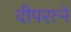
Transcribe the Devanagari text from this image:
दीपरत्ने